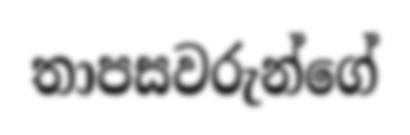
තාපසවරුන්ගේ